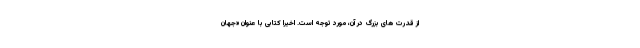
از قدرت های بزرگ در آن، مورد توجه است. اخیرا کتابی با عنوان «جهان